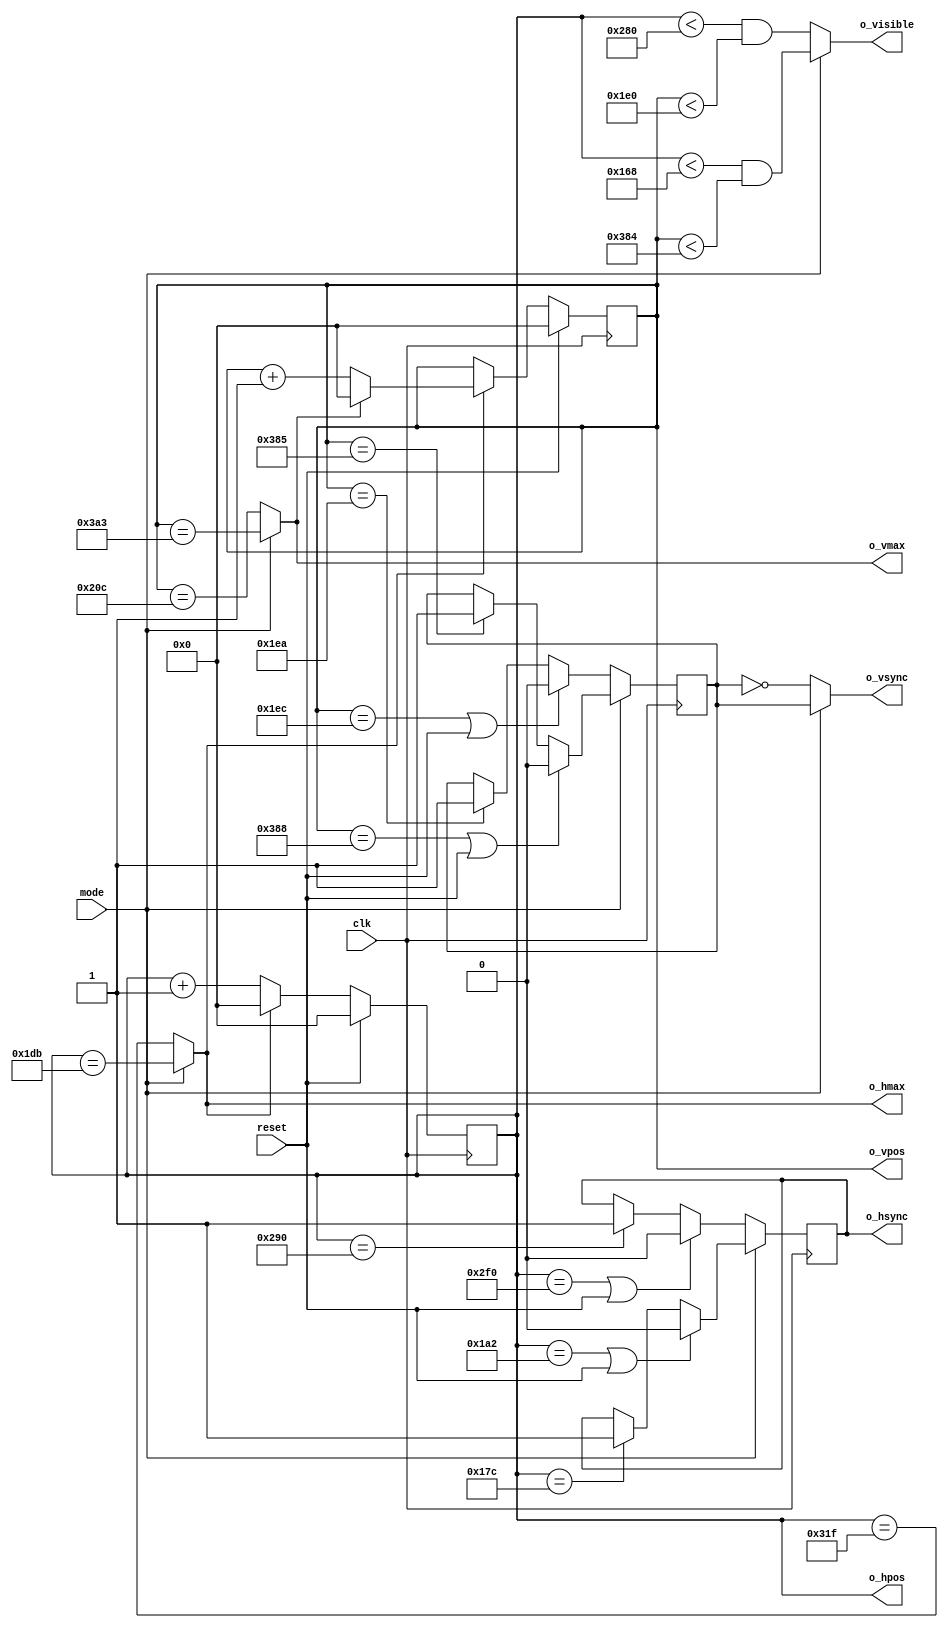
// SPDX-FileCopyrightText: 2023 Anton Maurovic <anton@maurovic.com>
//
// Licensed under the Apache License, Version 2.0 (the "License");
// you may not use this file except in compliance with the License.
// You may obtain a copy of the License at
//
//      http://www.apache.org/licenses/LICENSE-2.0
//
// Unless required by applicable law or agreed to in writing, software
// distributed under the License is distributed on an "AS IS" BASIS,
// WITHOUT WARRANTIES OR CONDITIONS OF ANY KIND, either express or implied.
// See the License for the specific language governing permissions and
// limitations under the License.
// SPDX-License-Identifier: Apache-2.0

`default_nettype none
// `timescale 1ns / 1ps

//SMELL: Renamed from vga_sync to vga_sync_vsr to avoid collision
// with vga_sync in top_raybox_zero_fsm, when running tests.
module vga_sync_vsr #(

  //SMELL: Instead of having lots of ternary operators (muxes based on mode),
  // it might be better to just use registers to store the parameters and load
  // those registers at the end of each frame. It seems there are only 8
  // actual registers we'd need to worry about (as their reset values are
  // derived from all the other constants). The ones that matter are:
  // - H_MAX, V_MAX
  // - H_VIEW, V_VIEW
  // - H_SYNC_START, V_SYNC_START
  // - H_SYNC_END, V_SYNC_END
  
  //SMELL: If we use these parameters in future, should they just be localparams instead?

  // Mode 0: 640x480@60Hz timing (http://tinyvga.com/vga-timing/640x480@60Hz).
  // Overall timing for true VGA 25.175MHz clock: 25,175,000 / 800 / 525 = 59.94Hz
  // or for 25.0MHz clock: 59.52Hz
  // 800 clocks wide:
  parameter M0_H_VIEW       = 640,  // Visible area comes first...
  parameter M0_H_FRONT      =  16,  // ...then HBLANK starts with M0_H_FRONT (RHS border)...
  parameter M0_H_SYNC       =  96,  // ...then sync pulse starts...
  parameter M0_H_BACK       =  48,  // ...then remainder of HBLANK (LHS border).
  parameter M0_H_MAX        = M0_H_VIEW + M0_H_FRONT + M0_H_SYNC + M0_H_BACK - 1,
  parameter M0_H_SYNC_START = M0_H_VIEW + M0_H_FRONT,
  parameter M0_H_SYNC_END   = M0_H_SYNC_START + M0_H_SYNC,
  // 525 lines tall:
  parameter M0_V_VIEW       = 480,
  parameter M0_V_FRONT      =  10,
  parameter M0_V_SYNC       =   2,
  parameter M0_V_BACK       =  33,
  parameter M0_V_MAX        = M0_V_VIEW + M0_V_FRONT + M0_V_SYNC + M0_V_BACK - 1,
  parameter M0_V_SYNC_START = M0_V_VIEW + M0_V_FRONT,
  parameter M0_V_SYNC_END   = M0_V_SYNC_START + M0_V_SYNC,

  // Mode 1: 1440x900@60 timing (http://tinyvga.com/vga-timing/1440x900@60Hz),
  // but with the clock divided by 4 (so 360x900) from 106.47MHz to 26.6175MHz.
  // 476 clocks wide (normally 1904 at full 1440x900 pixel clock):
  parameter M1_H_VIEW       = 360,  // 1440/4 // Visible area comes first...
  parameter M1_H_FRONT      =  20,  //   80/4 // ...then HBLANK starts with M1_H_FRONT (RHS border)...
  parameter M1_H_SYNC       =  38,  //  152/4 // ...then sync pulse starts...
  parameter M1_H_BACK       =  58,  //  232/4 // ...then remainder of HBLANK (LHS border).
  parameter M1_H_MAX        = M1_H_VIEW + M1_H_FRONT + M1_H_SYNC + M1_H_BACK - 1,
  parameter M1_H_SYNC_START = M1_H_VIEW + M1_H_FRONT,
  parameter M1_H_SYNC_END   = M1_H_SYNC_START + M1_H_SYNC,
  // 932 lines tall:
  parameter M1_V_VIEW       = 900,
  parameter M1_V_FRONT      =   1,
  parameter M1_V_SYNC       =   3,
  parameter M1_V_BACK       =  28,
  parameter M1_V_MAX        = M1_V_VIEW + M1_V_FRONT + M1_V_SYNC + M1_V_BACK - 1,
  parameter M1_V_SYNC_START = M1_V_VIEW + M1_V_FRONT,
  parameter M1_V_SYNC_END   = M1_V_SYNC_START + M1_V_SYNC

  //NOTE: If we were to use the 26.6175MHz clock for 640x480, this would be 63.375Hz.
  // Alternatively, 26.6175MHz for div-2 of this: http://tinyvga.com/vga-timing/800x600@85Hz
  // ...would mean 80.502Hz.
  // Or how about: http://tinyvga.com/vga-timing/640x400@70Hz
  // ...74.102Hz
  // On the flipside, 25.175MHz could give us 1440x900-div4 at 56.747Hz. Would my monitor sync to that?
  // It's also close mul-4 to 102.1MHz (1280x960@60), and 124.54MHz (1280x960@72).
) (
  // Inputs:
  input wire          clk,
  input wire          reset,
  input wire          mode,   // Selects between 640x480@60 timing (mode 0) and 1440x900@60 timing (mode 1).
  // Outputs:
  output wire         o_hsync,  // Polarity matches whatever the selected 'mode' needs.
  output wire         o_vsync,  // Polarity matches whatever the selected 'mode' needs.
  output wire [9:0]   o_hpos,
  output wire [9:0]   o_vpos,
  output wire         o_hmax,
  output wire         o_vmax,
  output wire         o_visible
);

  // HSYNC and VSYNC:
  // These are the internal POSITIVE polarity sync signals.
  reg hsync, vsync;
  // Mode 0 and 1 both use negative polarity HSYNC:
  assign o_hsync = hsync;
  // Mode 0 VSYNC is neg polarity. For Mode 1 it is pos:
  assign o_vsync = (mode==0) ? ~vsync : vsync;
  
  // Pixel counters:
  reg [9:0] hpos, vpos;
  assign o_hpos = hpos;
  assign o_vpos = vpos;

  //TODO: Reduce equality checks to just test the bits that matter,
  // because we don't care about values ABOVE these.
  // Might also be able to do similar with comparisons.
  //TODO: Consider making 'visible' a reg insted of combo.

  assign o_hmax = (mode==0) ? (hpos == M0_H_MAX) : (hpos == M1_H_MAX);
  assign o_vmax = (mode==0) ? (vpos == M0_V_MAX) : (vpos == M1_V_MAX);
  assign o_visible =
    (mode==0) ? (hpos<M0_H_VIEW && vpos<M0_V_VIEW):
                (hpos<M1_H_VIEW && vpos<M1_V_VIEW);

  // Horizontal tracing:
  always @(posedge clk) begin
          if (reset)                      hpos <= 0;
    else  if (o_hmax)                     hpos <= 0;
    else                                  hpos <= hpos + 1'b1;
  end

  // Vertical tracing:
  always @(posedge clk) begin
          if (reset)                      vpos <= 0;
    else  if (o_hmax)                     vpos <= (o_vmax) ? 1'b0 : vpos + 1'b1;
  end

  // HSYNC:
  always @(posedge clk) begin
    if (mode==0) begin
            if (hpos==M0_H_SYNC_END || reset)  hsync <= 0;
      else  if (hpos==M0_H_SYNC_START)         hsync <= 1;
    end else begin
            if (hpos==M1_H_SYNC_END || reset)  hsync <= 0;
      else  if (hpos==M1_H_SYNC_START)         hsync <= 1;
    end
  end

  // VSYNC:
  always @(posedge clk) begin
    if (mode==0) begin
            if (vpos==M0_V_SYNC_END || reset)  vsync <= 0;
      else  if (vpos==M0_V_SYNC_START)         vsync <= 1;
    end else begin
            if (vpos==M1_V_SYNC_END || reset)  vsync <= 0;
      else  if (vpos==M1_V_SYNC_START)         vsync <= 1;
    end
  end
endmodule